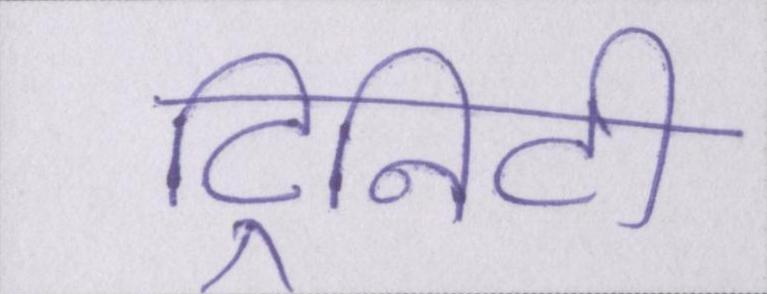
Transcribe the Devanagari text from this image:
ट्रिनिटी